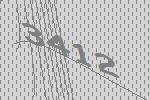
3412